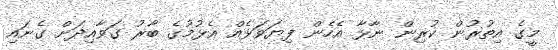
މީގެ އިތުރުން ކުރިން ނާޅާ އެހެން ފިޔަވަޅެއް އެޅުމުގެ ބާރު ގަވާއިދަށް ގެނައި